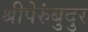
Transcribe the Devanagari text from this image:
श्रीपेरुंबुदुर